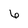
Character: 6